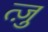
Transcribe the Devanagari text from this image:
त्ज़ु